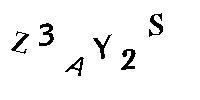
Z3AY2S